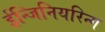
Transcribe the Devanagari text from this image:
ईन्जिनियरिन्ग